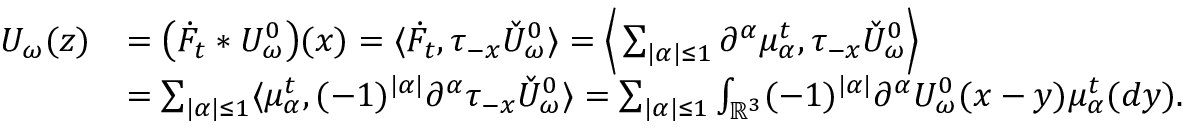
\begin{array} { r l } { U _ { \omega } ( z ) } & { = \big ( \Dot { F } _ { t } * U _ { \omega } ^ { 0 } \big ) ( x ) = \langle \Dot { F } _ { t } , \tau _ { - x } \check { U } _ { \omega } ^ { 0 } \rangle = \Big \langle \sum _ { | \alpha | \leq 1 } \partial ^ { \alpha } \mu _ { \alpha } ^ { t } , \tau _ { - x } \check { U } _ { \omega } ^ { 0 } \Big \rangle } \\ & { = \sum _ { | \alpha | \leq 1 } \langle \mu _ { \alpha } ^ { t } , ( - 1 ) ^ { | \alpha | } \partial ^ { \alpha } \tau _ { - x } \check { U } _ { \omega } ^ { 0 } \rangle = \sum _ { | \alpha | \leq 1 } \int _ { \mathbb { R } ^ { 3 } } ( - 1 ) ^ { | \alpha | } \partial ^ { \alpha } U _ { \omega } ^ { 0 } ( x - y ) \mu _ { \alpha } ^ { t } ( d y ) . } \end{array}